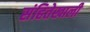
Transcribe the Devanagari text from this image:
संहितेखाली